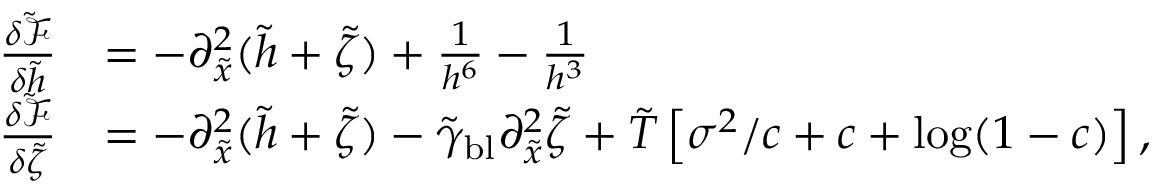
\begin{array} { r l } { \frac { \delta \tilde { \mathcal { F } } } { \delta \tilde { h } } } & { = - \partial _ { \tilde { x } } ^ { 2 } ( \tilde { h } + \tilde { \zeta } ) + \frac { 1 } { h ^ { 6 } } - \frac { 1 } { h ^ { 3 } } } \\ { \frac { \delta \tilde { \mathcal { F } } } { \delta \tilde { \zeta } } } & { = - \partial _ { \tilde { x } } ^ { 2 } ( \tilde { h } + \tilde { \zeta } ) - \tilde { \gamma } _ { \mathrm { b l } } \partial _ { \tilde { x } } ^ { 2 } \tilde { \zeta } + \tilde { T } \left[ \sigma ^ { 2 } / c + c + \log ( 1 - c ) \right] , } \end{array}